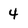
Character: 4